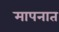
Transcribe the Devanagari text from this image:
मापनात